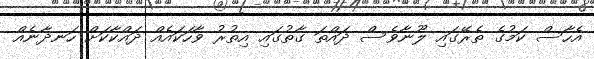
އެހާސް ކަމުގެ ތެރޭގައި ލޫނާވެސް ދައްތަ ގާތުގައި އިތުރު ވާހަކައެއް ދައްކާކަށް ހަނދާނެއް